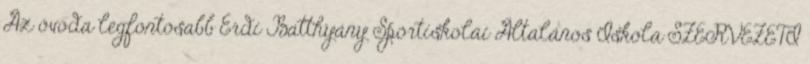
Az óvoda legfontosabb Érdi Batthyány Sportiskolai Általános Iskola SZERVEZETI